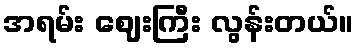
အရမ်း ဈေးကြီး လွန်းတယ်။